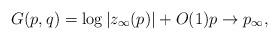
LaTeX: \begin{align*} G(p,q) = \log |z_{\infty}(p)| + O(1) p \to p_{\infty}, \end{align*}